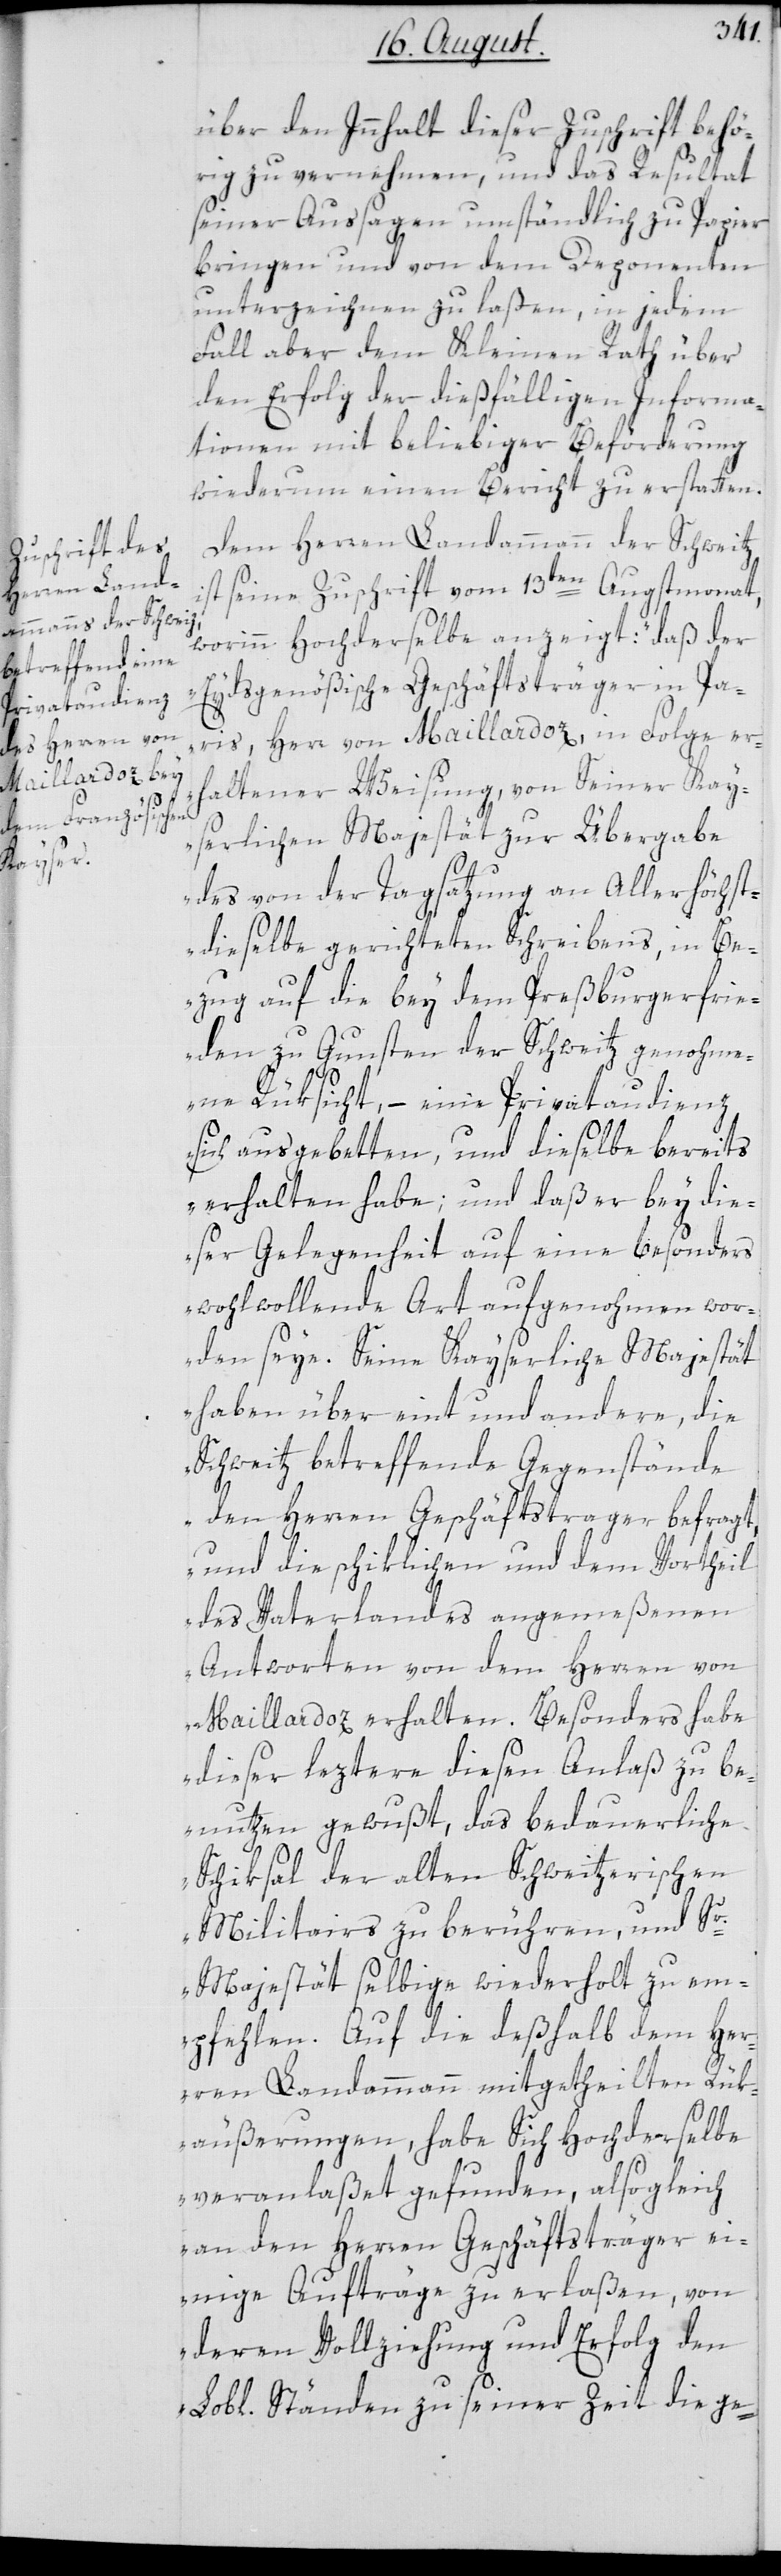
über den Innhalt dieser Zuschrift behör¬
ig zu vernehmen, und das Resultat
seiner Aussagen umständlich zu Papier
bringen und von dem Deponenten
unterzeichnen zu laßen, in jedem
Fall aber dem Kleinen Rath über
den Erfolg der dießfälligen Informa¬
tionen mit beliebiger Beförderung
wiederum einen Bericht zu erstatten.
Dem Herren Landammann der Schweitz
ist seine Zuschrift vom 13ten Augstmonat,
worinn Hochderselbe anzeigt: „daß der
Eydsgenößische Geschäftsträger in Pa¬
ris, Herr von Maillardoz, in Folge er¬
haltener Weisung, von Seiner Kay¬
serlichen Majestät zur Übergabe
des von der Tagsatzung an Allerhöchst¬
dieselbe gerichteten Schreibens, in Be¬
zug auf die bey dem Preßburgerfrie¬
den zu Gunsten der Schweitz genohme¬
ne Rüksicht, – eine Privataudienz
sich ausgebetten, und dieselbe bereits
erhalten habe; und daß er bey die¬
ser Gelegenheit auf eine besonders
wohlwollende Art aufgenohmen wor¬
den seye. Seine Kayserliche Majestät
haben über eint und andere, die
Schweitz betreffende Gegenstände
den Herren Geschäftsträger befragt,
und die schiklichen und dem Vortheil
des Vaterlandes angemeßenen
Antworten von dem Herren von
Maillardoz erhalten. Besonders habe
diese leztere diesen Anlaß zu be¬
nutzen gewußt, das bedauerliche
Schiksal der alten Schweitzerischen
Militairs zu berühren, und Sr.
Majestät selbige wiederholt zu em¬
pfehlen. Auf die deßhalb dem Her¬
ren Landammann mitgetheilten Rük¬
äußerungen, habe Sich Hochderselbe
veranlaßet gefunden, alsogleich
an den Herren Geschäftsträger ei¬
nige Aufträge zu erlaßen, von
deren Vollziehung und Erfolg den
Lobl. Ständen zu seiner Zeit die ge-